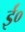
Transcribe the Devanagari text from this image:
ईं०